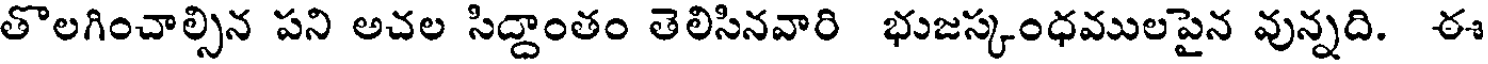
తొలగించాల్సిన పని అచల సిద్దాంతం తెలిసినవారి భుజస్కంధములపైన వున్నది. ఈ